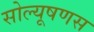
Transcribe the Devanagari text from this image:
सोल्यूषणस